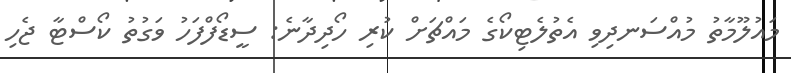
މައުލޫމާތު މުއްސަނދިވި އެތުލެޓިކޯގެ މައްޗަށް ކުރި ހޯދިދާނެ: ސީޑޯފްފަހު ވަގުތު ކޯސްޓާ ޖެހި